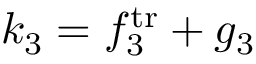
k _ { 3 } = f _ { 3 } ^ { \mathrm { t r } } + g _ { 3 }